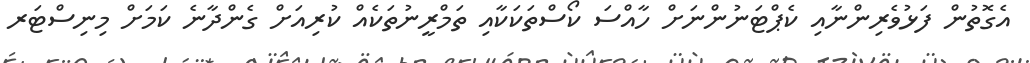
އެގޮތުން ފަޅުވެރިންނާއި ކެޕްޓަނުންނަށް ހާއްސަ ކޯސްތަކަކާއި ތަމްރީނުތަކެއް ކުރިއަށް ގެންދާނެ ކަމަށް މިނިސްޓަރ